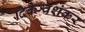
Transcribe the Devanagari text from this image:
दिकेश्वशंकर